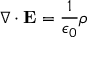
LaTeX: \nabla \cdot \mathbf { E } = { \frac { 1 } { \epsilon _ { 0 } } } \rho